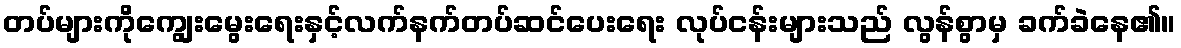
တပ်များကိုကျွေးမွေးရေးနှင့်လက်နက်တပ်ဆင်ပေးရေး လုပ်ငန်းများသည် လွန်စွာမှ ခက်ခဲနေ၏။